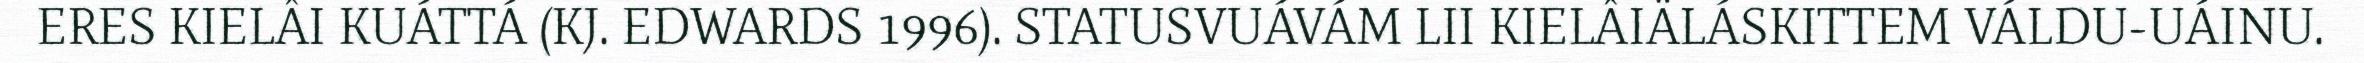
ERES KIELÂI KUÁTTÁ (KJ. EDWARDS 1996). STATUSVUÁVÁM LII KIELÂIÄLÁSKITTEM VÁLDU-UÁINU.